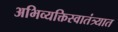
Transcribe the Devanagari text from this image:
अभिव्यक्तिस्वातंत्र्यात